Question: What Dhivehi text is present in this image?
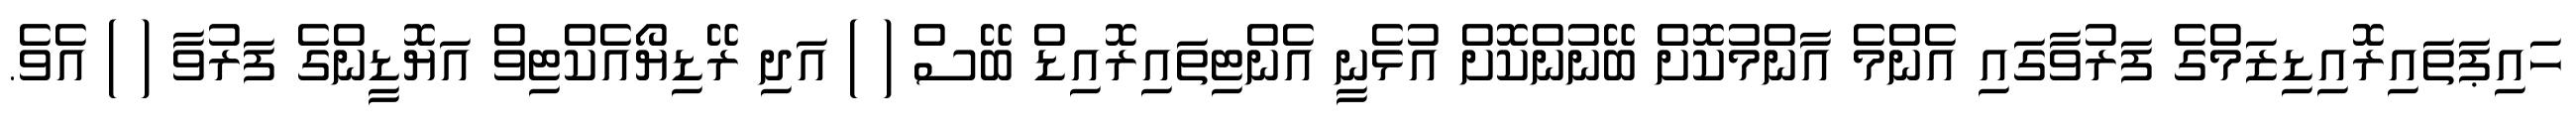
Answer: ހައިޕަތައިރޮއިޑިޒަމްގެ ފަރުވާގައި އެންމެ އާންމުކޮށް ބޭނުންކޮށް އުޅެނީ އެންޓިތައިރޮއިޑް ބޭސް ( ) އަދި ރޭޑިޔޯއެކްޓިވް އަޔޮޑީންގެ ފަރުވާ ( ) އެވެ.